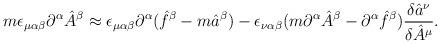
LaTeX: \begin{align*}m\epsilon_{\mu\alpha\beta}\partial^{\alpha}\hat A^{\beta}\approx \epsilon_{\mu\alpha\beta}\partial^{\alpha}(\hat f^{\beta}-m\hat a^{\beta})-\epsilon_{\nu\alpha\beta}(m\partial^{\alpha}\hat A^{\beta}-\partial^{\alpha}\hat f^{\beta})\frac{\delta \hat a^{\nu}}{\delta \hat A^{\mu}} .\end{align*}